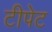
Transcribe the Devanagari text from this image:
टीपेट